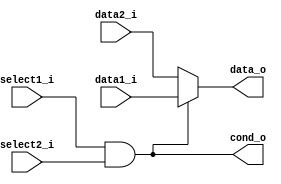
module MUXAND(
    data1_i, //branch address
    data2_i, //normal address
    select1_i,//control branch
    select2_i,//equal of beq
    data_o,  //output address
    cond_o
);

input   [31:0]  data1_i, data2_i;
input           select1_i, select2_i;
output  [31:0]  data_o;
output          cond_o;

reg     [31:0]  data_o;

assign cond_o = select1_i & select2_i;

always@(data1_i or data2_i or select1_i or select2_i)
begin
    if(select1_i & select2_i)
        data_o = data1_i;
    else
        data_o = data2_i;
end

endmodule